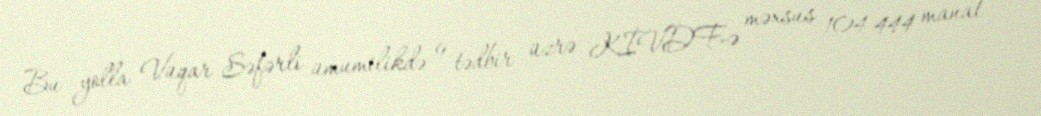
Bu yolla Vüqar Səfərli ümumilikdə 9 tədbir üzrə KİVDF-ə məxsus 104 444 manat